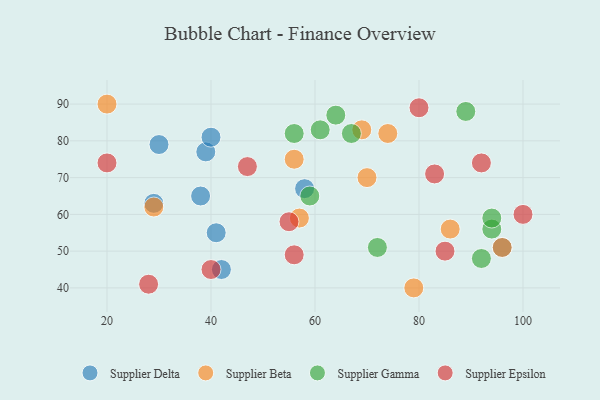
{"axis": {"x": "GDP", "y": "Life Expectancy"}, "legend": ["Supplier Beta", "Supplier Delta", "Supplier Epsilon", "Supplier Gamma"], "data": [{"x": "42", "y": 45, "type": "Supplier Delta"}, {"x": "58", "y": 67, "type": "Supplier Delta"}, {"x": "41", "y": 55, "type": "Supplier Delta"}, {"x": "30", "y": 79, "type": "Supplier Delta"}, {"x": "39", "y": 77, "type": "Supplier Delta"}, {"x": "38", "y": 65, "type": "Supplier Delta"}, {"x": "29", "y": 63, "type": "Supplier Delta"}, {"x": "40", "y": 81, "type": "Supplier Delta"}, {"x": "96", "y": 51, "type": "Supplier Delta"}, {"x": "96", "y": 51, "type": "Supplier Beta"}, {"x": "86", "y": 56, "type": "Supplier Beta"}, {"x": "70", "y": 70, "type": "Supplier Beta"}, {"x": "29", "y": 62, "type": "Supplier Beta"}, {"x": "69", "y": 83, "type": "Supplier Beta"}, {"x": "79", "y": 40, "type": "Supplier Beta"}, {"x": "20", "y": 90, "type": "Supplier Beta"}, {"x": "74", "y": 82, "type": "Supplier Beta"}, {"x": "56", "y": 75, "type": "Supplier Beta"}, {"x": "57", "y": 59, "type": "Supplier Beta"}, {"x": "92", "y": 48, "type": "Supplier Gamma"}, {"x": "64", "y": 87, "type": "Supplier Gamma"}, {"x": "61", "y": 83, "type": "Supplier Gamma"}, {"x": "56", "y": 82, "type": "Supplier Gamma"}, {"x": "89", "y": 88, "type": "Supplier Gamma"}, {"x": "67", "y": 82, "type": "Supplier Gamma"}, {"x": "72", "y": 51, "type": "Supplier Gamma"}, {"x": "94", "y": 56, "type": "Supplier Gamma"}, {"x": "94", "y": 59, "type": "Supplier Gamma"}, {"x": "59", "y": 65, "type": "Supplier Gamma"}, {"x": "20", "y": 74, "type": "Supplier Epsilon"}, {"x": "55", "y": 58, "type": "Supplier Epsilon"}, {"x": "28", "y": 41, "type": "Supplier Epsilon"}, {"x": "40", "y": 45, "type": "Supplier Epsilon"}, {"x": "100", "y": 60, "type": "Supplier Epsilon"}, {"x": "92", "y": 74, "type": "Supplier Epsilon"}, {"x": "56", "y": 49, "type": "Supplier Epsilon"}, {"x": "47", "y": 73, "type": "Supplier Epsilon"}, {"x": "83", "y": 71, "type": "Supplier Epsilon"}, {"x": "80", "y": 89, "type": "Supplier Epsilon"}, {"x": "85", "y": 50, "type": "Supplier Epsilon"}]}